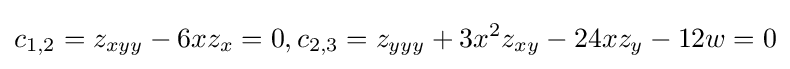
c_{1,2}=z_{xyy}-6xz_{x}=0,c_{2,3}=z_{yyy}+3x^{2}z_{xy}-24xz_{y}-12w=0